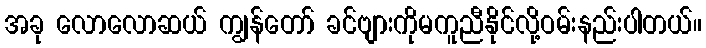
အခု လောလောဆယ် ကျွန်တော် ခင်ဗျားကိုမကူညီနိုင်လို့ဝမ်းနည်းပါတယ်။